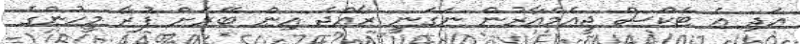
އަދި އެ ޓެކްސް ޖީއެމްއާރުން ނަގަނީ ރާއްޖެ އިން ބޭރަށް ފުރާ މީހުންގެ